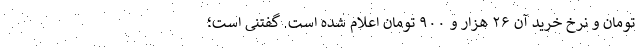
تومان و نرخ خرید آن ۲۶ هزار و ۹۰۰ تومان اعلام شده است. گفتنی است؛